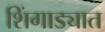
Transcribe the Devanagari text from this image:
शिंगाड्यात